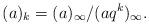
LaTeX: \begin{align*}(a)_k=(a)_{\infty}/(aq^k)_{\infty}.\end{align*}